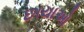
છાયાઓ